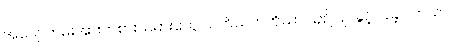
အပျော်တမ်းအားကစားသမားတွေ သက်သက်ကိုသာ ယှဉ်ပြိုင်ခွင့် ပြုခဲ့ပါတယ်။